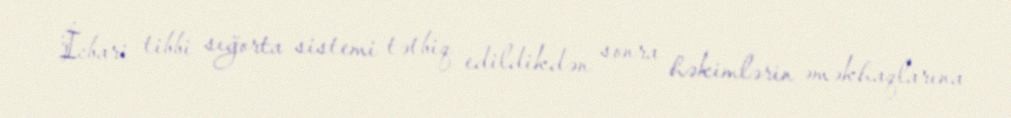
İcbari tibbi sığorta sistemi tətbiq edildikdən sonra həkimlərin əməkhaqlarına